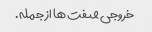
خروجی صفت ها از جمله.